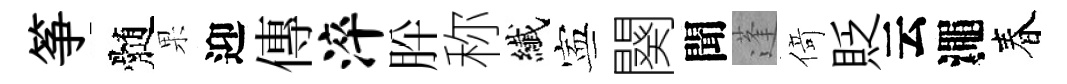
筝髄果迎傳淬肸称纎寕闋聞蓬𠋣貶云澠春